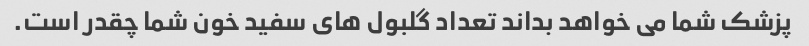
پزشک شما می خواهد بداند تعداد گلبول های سفید خون شما چقدر است.